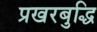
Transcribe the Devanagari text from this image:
प्रखरबुद्धि